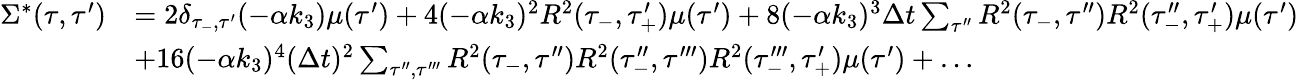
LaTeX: \begin{array}{rl}{\Sigma^{*}(\tau,\tau^{\prime})}&{=2\delta_{\tau_{-},\tau^{\prime}}(-\alpha k_{3})\mu(\tau^{\prime})+4(-\alpha k_{3})^{2}R^{2}(\tau_{-},\tau_{+}^{\prime})\mu(\tau^{\prime})+8(-\alpha k_{3})^{3}\Delta t\sum_{\tau^{\prime\prime}}R^{2}(\tau_{-},\tau^{\prime\prime})R^{2}(\tau_{-}^{\prime\prime},\tau_{+}^{\prime})\mu(\tau^{\prime})}\\ &{+16(-\alpha k_{3})^{4}(\Delta t)^{2}\sum_{\tau^{\prime\prime},\tau^{\prime\prime\prime}}R^{2}(\tau_{-},\tau^{\prime\prime})R^{2}(\tau_{-}^{\prime\prime},\tau^{\prime\prime\prime})R^{2}(\tau_{-}^{\prime\prime\prime},\tau_{+}^{\prime})\mu(\tau^{\prime})+\dots}\end{array}